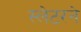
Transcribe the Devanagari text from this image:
स्लेटरने